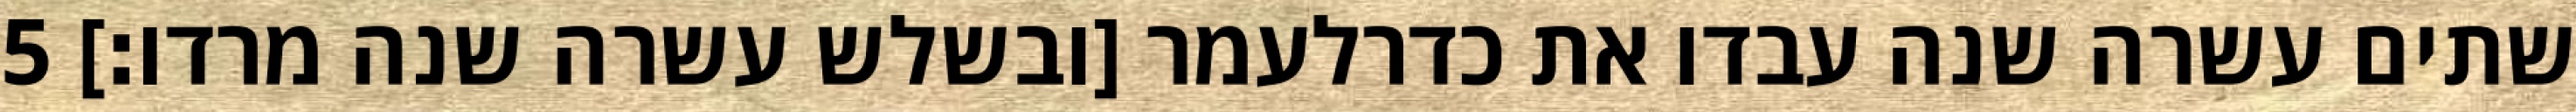
שתים עשרה שנה עבדו את כדרלעמר [ובשלש עשרה שנה מרדו׃] ‎5‏